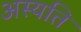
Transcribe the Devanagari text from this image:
अस्यति